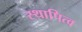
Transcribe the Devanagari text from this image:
स्थापित्व